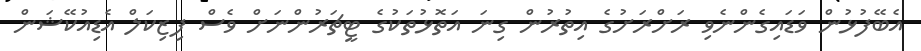
އެބޭފުޅުން ވަޑައިގެންނެވި ރަަށްރަށުގެ އިތުރުން ގިނަ އަތޮޅުތަކުގެ ޓީޗަރުންނަށް ވެސް ފިޒިކަލް އެޑިއުކޭޝަން